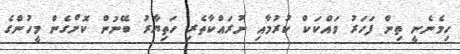
ހިމެނެނީ ތިން ފަހަރު ވައްކަކް ކުރުމާއި ނުރައްކާތެރި ހަތިޔާރު ބޭނުން ކޮށްގެން މީހުންގެ